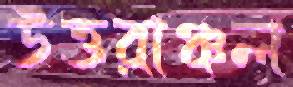
উত্তরাঞ্চল